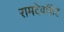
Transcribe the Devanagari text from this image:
रामदेवसिंह